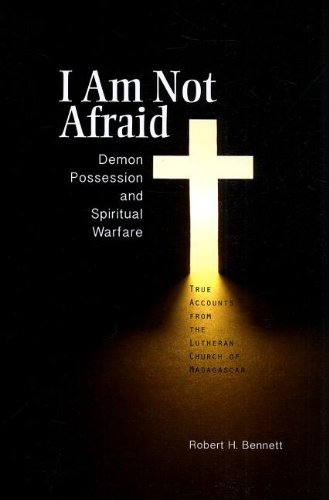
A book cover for I Am Not Afraid: Demon Possession and Spiritual Warfare; Robert H. Bennett; Christian Books & Bibles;